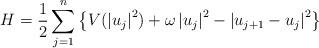
LaTeX: \begin{align*}H=\frac{1}{2}\sum_{j=1}^{n}\left\{ V(\left\vert u_{j}\right\vert ^{2})+\omega\left\vert u_{j}\right\vert ^{2}-\left\vert u_{j+1}-u_{j}\right\vert^{2}\right\} \end{align*}